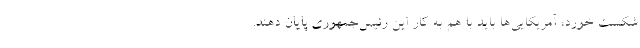
شکست خورد، آمریکایی‌ها باید با هم به کار این رئیس‌جمهوری پایان دهند.